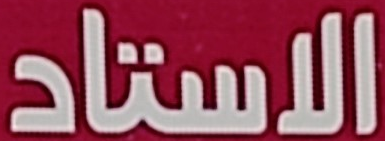
الاستاد